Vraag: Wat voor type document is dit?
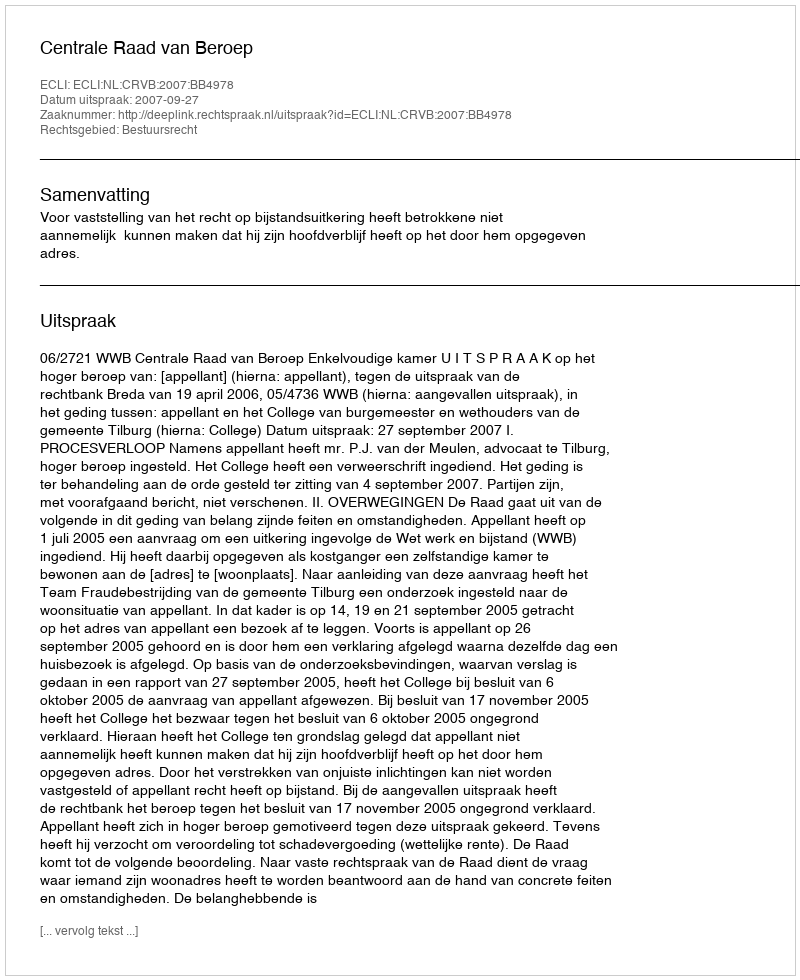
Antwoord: Uitspraak